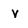
Character: v